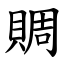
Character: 賙